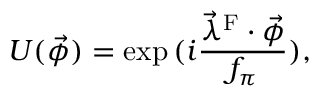
U ( \vec { \phi } ) = \exp { ( i \frac { \vec { \lambda } ^ { \mathrm { F } } \cdot \vec { \phi } } { f _ { \pi } } ) } ,